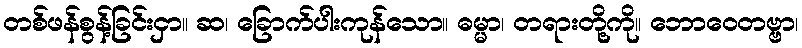
တစ်ဖန်စွန့်ခြင်းငှာ။ ဆ၊ ခြောက်ပါးကုန်သော။ ဓမ္မာ၊ တရားတို့ကို။ ဘောဝေတဗ္ဗာ၊